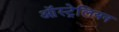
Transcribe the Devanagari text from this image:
आॅस्ट्रेलियन